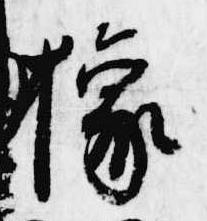
橡